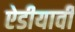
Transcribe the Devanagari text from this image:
ऐडीयार्वी